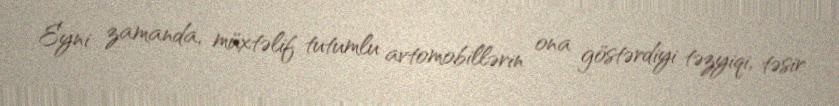
Eyni zamanda, müxtəlif tutumlu avtomobillərin ona göstərdiyi təzyiqi, təsir